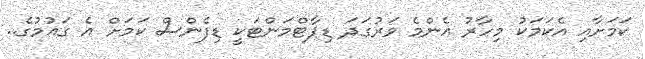
ކަމަށާއި އެކަމަކު މިހާރު އެންމެ ވަރުގަދަ ޑިޕާޓްމަންޓަކީ ޑިފެންސް ކަމަށް އެ ގައުމުގެ..